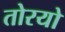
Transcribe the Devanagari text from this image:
तोरयो